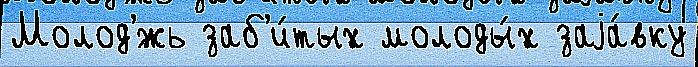
Молод'́жь заб'и́тых молоды́х заjа́вку